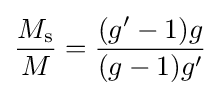
{\frac {M_{\text{s}}}{M}}={\frac {(g'-1)g}{(g-1)g'}}